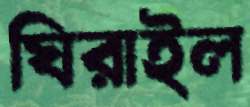
ঘিরাইল